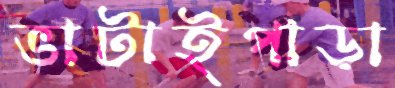
ভাটাইপাড়া